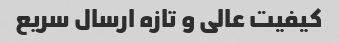
کیفیت عالی و تازه ارسال سریع